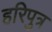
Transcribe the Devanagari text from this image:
हरिपुत्र